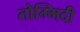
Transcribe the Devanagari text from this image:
तोम्मिदी